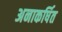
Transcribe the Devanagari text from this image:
अनाकर्षित